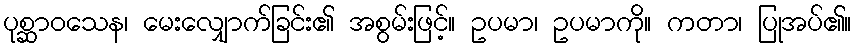
ပုစ္ဆာဝသေန၊ မေးလျှောက်ခြင်း၏ အစွမ်းဖြင့်။ ဥပမာ၊ ဥပမာကို။ ကတာ၊ ပြုအပ်၏။